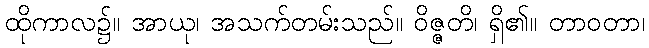
ထိုကာလ၌။ အာယု၊ အသက်တမ်းသည်။ ဝိဇ္ဇတိ၊ ရှိ၏။ တာဝတာ၊